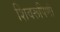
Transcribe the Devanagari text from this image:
शिवरूपिणी